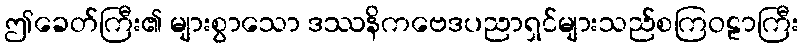
ဤခေတ်ကြီး၏ များစွာသော ဒဿနိကဗေဒပညာရှင်များသည်စကြဝဠာကြီး